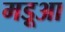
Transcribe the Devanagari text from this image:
मड़ूआ